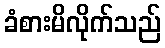
ခံစားမိလိုက်သည်